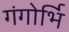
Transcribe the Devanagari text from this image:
गंगोर्भि